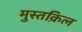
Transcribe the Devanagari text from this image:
मुस्तक़िल